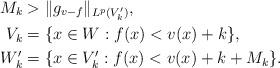
LaTeX: \begin{align*}M_k &> \|g_{v-f}\|_{L^p(V'_k)}, \\V_k &= \{x\in W: f(x)< v(x)+k\}, \\W'_k &= \{x\in V'_k: f(x) <v(x)+k+M_k\}.\end{align*}